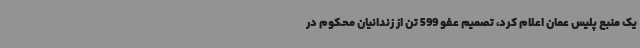
یک منبع پلیس عمان اعلام کرد، تصمیم عفو 599 تن از زندانیان محکوم در